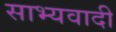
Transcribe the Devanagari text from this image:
साभ्यवादी